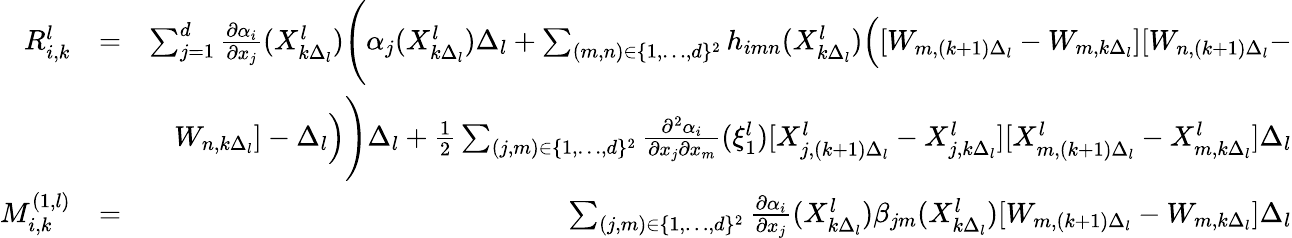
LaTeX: \begin{array}{rlr}{R_{i,k}^{l}}&{=}&{\sum_{j=1}^{d}\frac{\partial\alpha_{i}}{\partial x_{j}}(X_{k\Delta_{l}}^{l})\Bigg(\alpha_{j}(X_{k\Delta_{l}}^{l})\Delta_{l}+\sum_{(m,n)\in\{ 1,\dots,d\} ^{2}}h_{imn}(X_{k\Delta_{l}}^{l})\Big([W_{m,(k+1)\Delta_{l}}-W_{m,k\Delta_{l}}][W_{n,(k+1)\Delta_{l}}-}\\ &{}&{W_{n,k\Delta_{l}}]-\Delta_{l}\Big)\Bigg)\Delta_{l}+\frac{1}{2}\sum_{(j,m)\in\{ 1,\dots,d\} ^{2}}\frac{\partial^{2}\alpha_{i}}{\partial x_{j}\partial x_{m}}(\xi_{1}^{l})[X_{j,(k+1)\Delta_{l}}^{l}-X_{j,k\Delta_{l}}^{l}][X_{m,(k+1)\Delta_{l}}^{l}-X_{m,k\Delta_{l}}^{l}]\Delta_{l}}\\ {M_{i,k}^{(1,l)}}&{=}&{\sum_{(j,m)\in\{ 1,\dots,d\} ^{2}}\frac{\partial\alpha_{i}}{\partial x_{j}}(X_{k\Delta_{l}}^{l})\beta_{jm}(X_{k\Delta_{l}}^{l})[W_{m,(k+1)\Delta_{l}}-W_{m,k\Delta_{l}}]\Delta_{l}}\end{array}